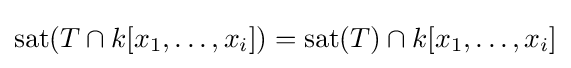
\mathrm {sat} (T\cap k[x_{1},\ldots ,x_{i}])=\mathrm {sat} (T)\cap k[x_{1},\ldots ,x_{i}]